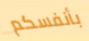
بأنفسكم